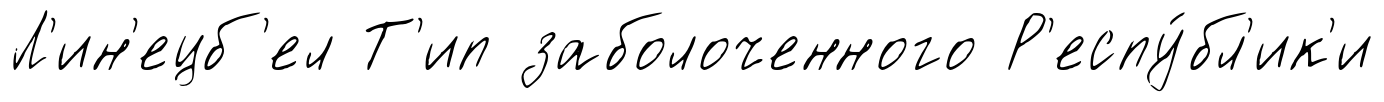
Л'ин'ецб'ел Т'ип заболоченного Р'еспу́бл'ик'и